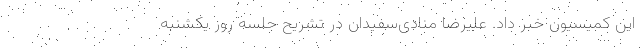
این کمیسیون خبر داد. علیرضا منادی‌سفیدان در تشریح جلسه روز یکشنبه